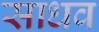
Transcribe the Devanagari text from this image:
साधव